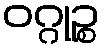
ဝဂ္ဂုဉ္စ